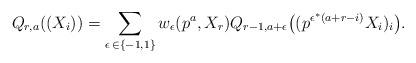
LaTeX: \begin{align*} Q_{r,a}((X_i)) = \sum_{\epsilon\,\in\{-1,1\}}w_\epsilon(p^a,X_r) Q_{r-1,a+\epsilon}\bigl((p^{\epsilon^*(a+r-i)}X_i)_i\bigr).\end{align*}